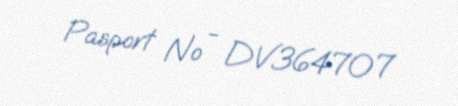
Pasport № - DV364707